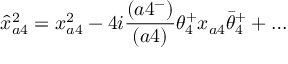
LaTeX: \hat { x } _ { a 4 } ^ { 2 } = x _ { a 4 } ^ { 2 } - 4 i { \frac { ( a 4 ^ { - } ) } { ( a 4 ) } } \theta _ { 4 } ^ { + } x _ { a 4 } \bar { \theta } _ { 4 } ^ { + } + \ldots